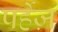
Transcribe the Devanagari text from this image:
पर्हेज़